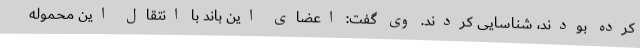
کرده بودند، شناسایی کردند. وی گفت: اعضای این باند با انتقال این محموله